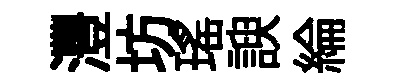
灃坊瑶諛綸